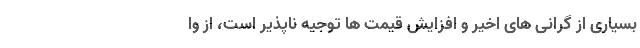
بسیاری از گرانی های اخیر و افزایش قیمت ها توجیه ناپذیر است، از وا